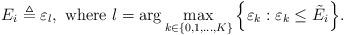
LaTeX: \begin{align*}E_i \triangleq \varepsilon_l,~\textrm{where}~l = \arg \max_{k\in\{0,1,\ldots,K\}}\Big\{\varepsilon_k:\varepsilon_k \leq \tilde{E_i}\Big\}.\end{align*}